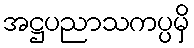
အဋ္ဌပညာသကပ္ပမှိ